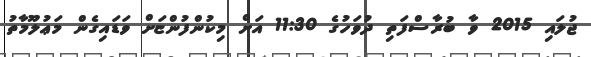
ޖުލައި 2015 ވާ ބުރާސްފަތި ދުވަހުގެ 11:30 އަށް މިކުންފުންޏަށް ވަޑައިގެން މަޢުލޫމާތު